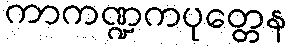
ကာကဏ္ဍကပုတ္တေန